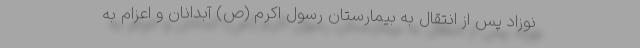
نوزاد پس از انتقال به بیمارستان رسول اکرم (ص) آبدانان و اعزام به